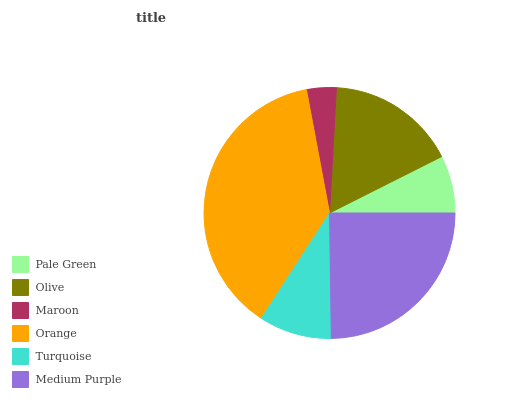
| Pale Green | Olive | Maroon | Orange | Turquoise | Medium Purple |
 | --- | --- | --- | --- | --- | --- |
 | 7.41% | 16.7% | 3.82% | 37.9% | 9.37% | 24.8% |